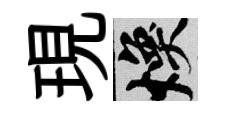
現焕